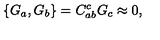
\{ G _ { a } , G _ { b } \} = C _ { a b } ^ { c } G _ { c } \approx 0 ,